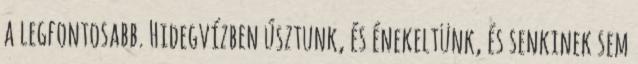
a legfontosabb. Hidegvízben úsztunk, és énekeltünk, és senkinek sem